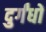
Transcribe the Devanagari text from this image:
दुर्गंधों